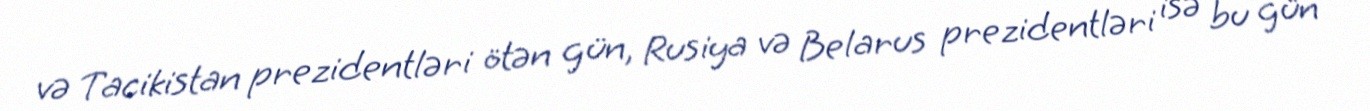
və Tacikistan prezidentləri ötən gün, Rusiya və Belarus prezidentləri isə bu gün